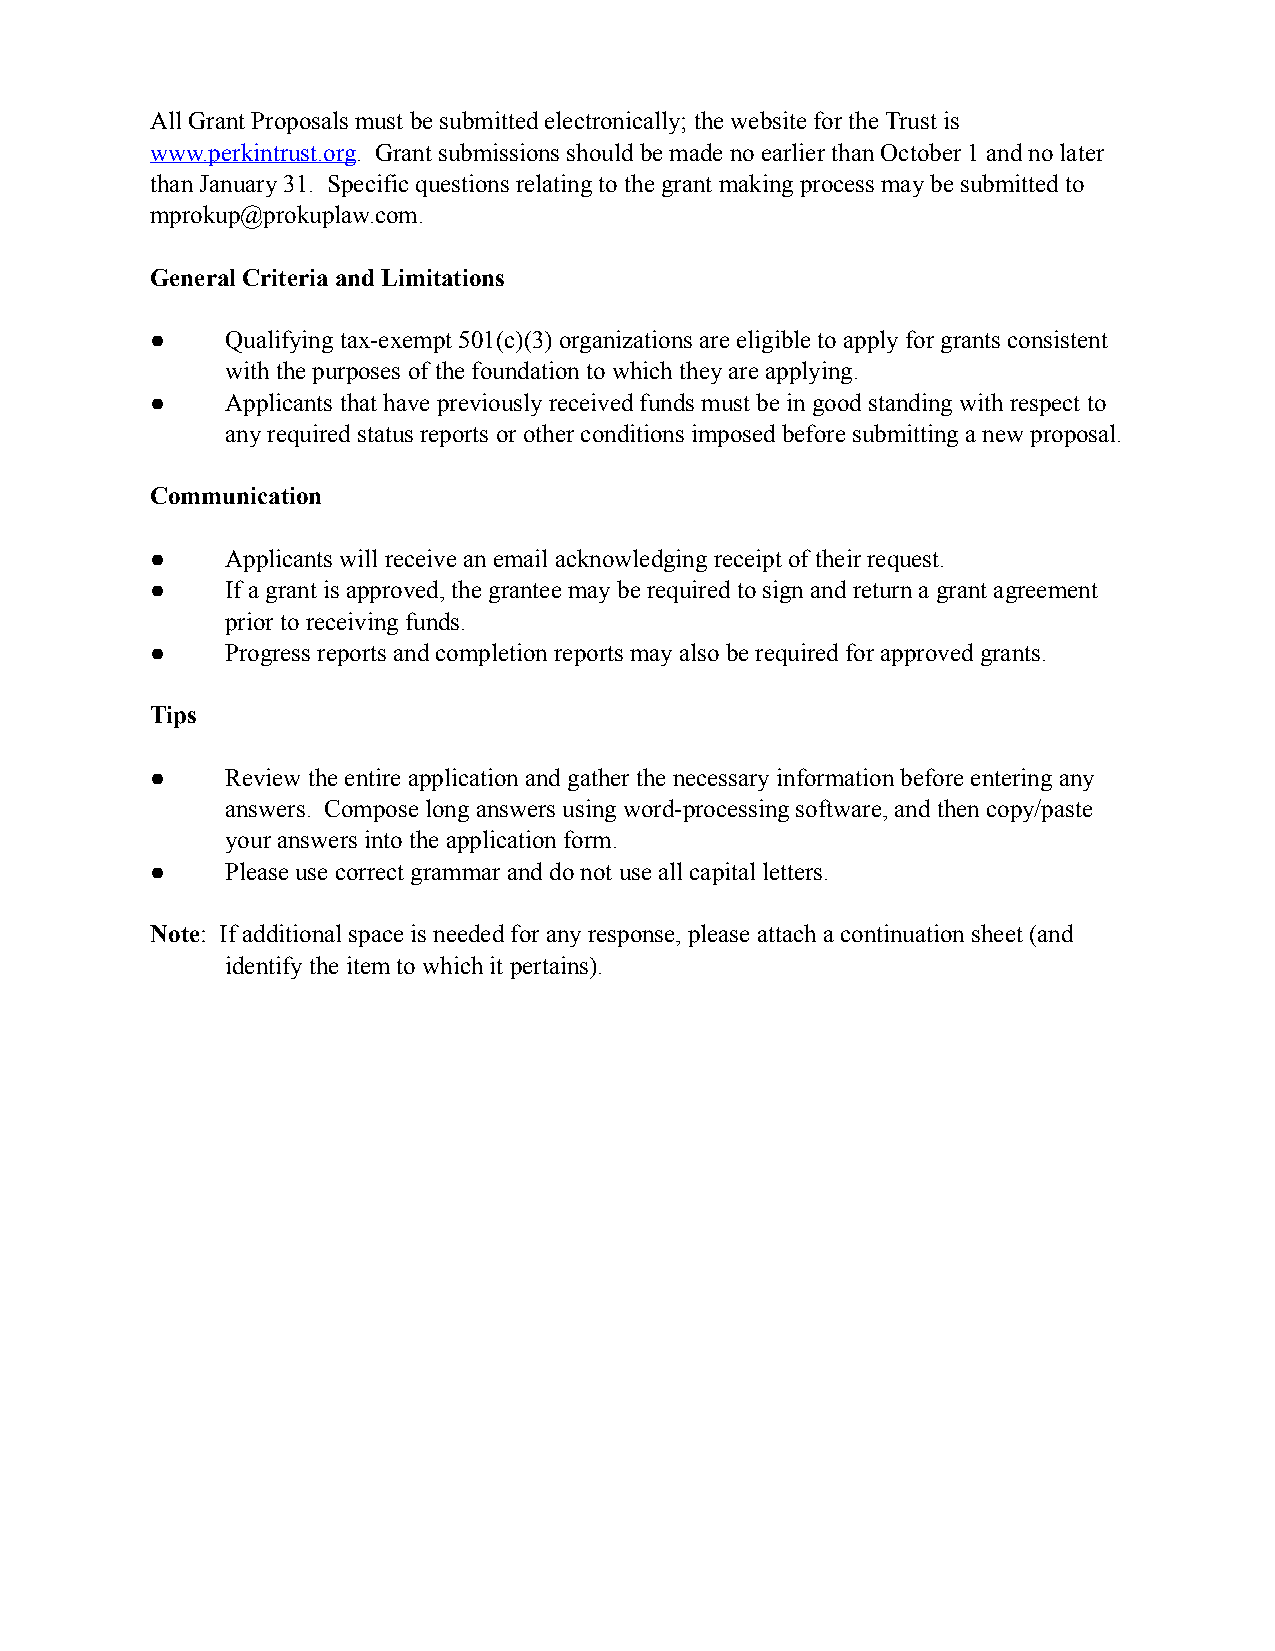
All Grant Proposals must be submitted electronically; the website for the Trust is
 www.perkintrust.org. Grant submissions should be made no earlier than October 1 and no later
 than January 31. Specific questions relating to the grant making process may be submitted to
 mprokup@prokuplaw.com.
 General Criteria and Limitations
 ●    Qualifying tax-exempt 501(c)(3) organizations are eligible to apply for grants consistent
 with the purposes of the foundation to which they are applying.
 ●    Applicants that have previously received funds must be in good standing with respect to
 any required status reports or other conditions imposed before submitting a new proposal.
 Communication
 ●    Applicants will receive an email acknowledging receipt of their request.
 ●    If a grant is approved, the grantee may be required to sign and return a grant agreement
 prior to receiving funds.
 ●    Progress reports and completion reports may also be required for approved grants.
 Tips
 ●    Review the entire application and gather the necessary information before entering any
 answers. Compose long answers using word-processing software, and then copy/paste
 your answers into the application form.
 ●    Please use correct grammar and do not use all capital letters.
 Note: If additional space is needed for any response, please attach a continuation sheet (and
 identify the item to which it pertains).